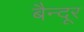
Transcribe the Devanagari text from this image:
बैन्दूर